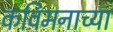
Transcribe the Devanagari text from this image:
कविमनाच्या